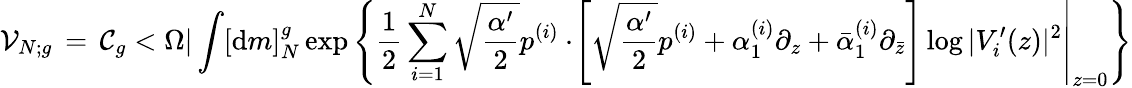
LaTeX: {\cal V}_{N;g}\, =\, {\cal C}_{g}<\Omega|\int[{\mathrm{d}}m]_{N}^{g}\exp\left\{ \frac{1}{2}\sum_{i=1}^{N}\sqrt{\frac{\alpha^{\prime}}{2}}p^{(i)}\cdot\left.\! \left[\sqrt{\frac{\alpha^{\prime}}{2}}p^{(i)}+{\alpha}_{1}^{(i)}\partial_{z}+\bar{\alpha}_{1}^{(i)}\partial_{\bar{z}}\right]\log|V_{i}^{\prime}(z)|^{2}\right|_{z=0}\right\}